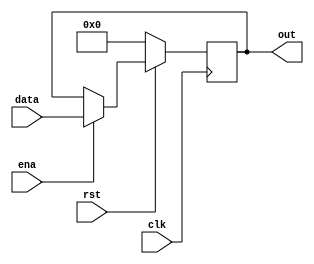
module register8 (
    out,data,ena,rst,clk
);
    input [7:0] data;
    input ena,rst,clk;
    output [7:0] out;
    reg [7:0] out;
    always @(posedge clk) begin
        if(!rst)
         out<=0;
        else if(ena)
         out<=data;
    end
endmodule